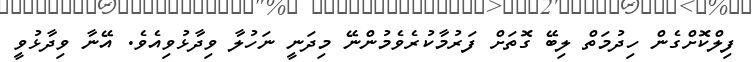
ފިލްކޮށްގެން ހިދުމަތް ލިބޭ ގޮތަށް ފަރުމާކުރެވެމުންނޭ މިދަނީ ނަހުލާ ވިދާޅުވިއެވެ. އޭނާ ވިދާޅުވީ